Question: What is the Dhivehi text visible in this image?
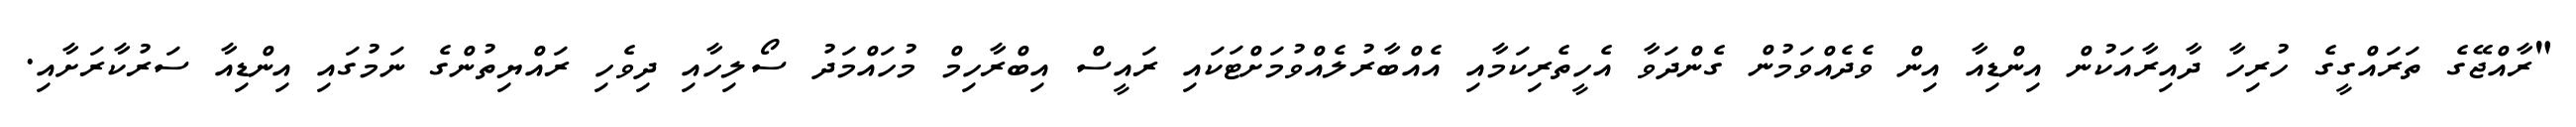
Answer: "ރާއްޖޭގެ ތަރައްގީގެ ހުރިހާ ދާއިރާއަކުން އިންޑިއާ އިން ވެދެއްވަމުން ގެންދަވާ އެހީތެރިކަމާއި އެއްބާރުލެއްވުމަށްޓަކައި ރައީސް އިބްރާހިމް މުހައްމަދު ސޯލިހާއި ދިވެހި ރައްޔިތުންގެ ނަމުގައި އިންޑިއާ ސަރުކާރަށާއި.